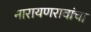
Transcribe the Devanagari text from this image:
नारायणरावांचा